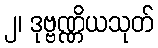
၂၊ ဒုဗ္ဗဏ္ဏိယသုတ်